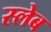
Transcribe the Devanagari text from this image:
स्लेब